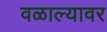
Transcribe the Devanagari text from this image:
वळाल्यावर